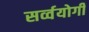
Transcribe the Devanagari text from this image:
सर्व्वयोगी